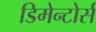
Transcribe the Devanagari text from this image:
डिमेन्टोर्स